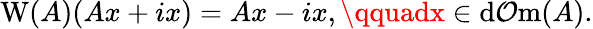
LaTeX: \operatorname{W}(A)(Ax+ix)=Ax-ix,\qquadx\in\operatorname{d\mathcal{O}m}(A).